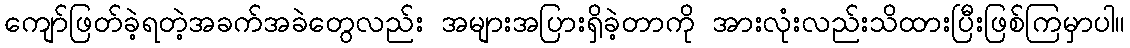
ကျော်ဖြတ်ခဲ့ရတဲ့အခက်အခဲတွေလည်း အများအပြားရှိခဲ့တာကို အားလုံးလည်းသိထားပြီးဖြစ်ကြမှာပါ။